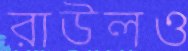
রাউলও